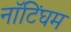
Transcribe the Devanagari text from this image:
नाॅटिंघम